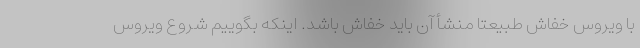
با ویروس خفاش طبیعتاً منشأ آن باید خفاش باشد. اینکه بگوییم شروع ویروس